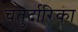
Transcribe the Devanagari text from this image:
चतुर्दारिका